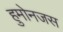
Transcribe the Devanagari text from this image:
हुमोनजस